Lunatic asylums Central Provinces reports 1910-1926 - 1910-1926
Year: 1910
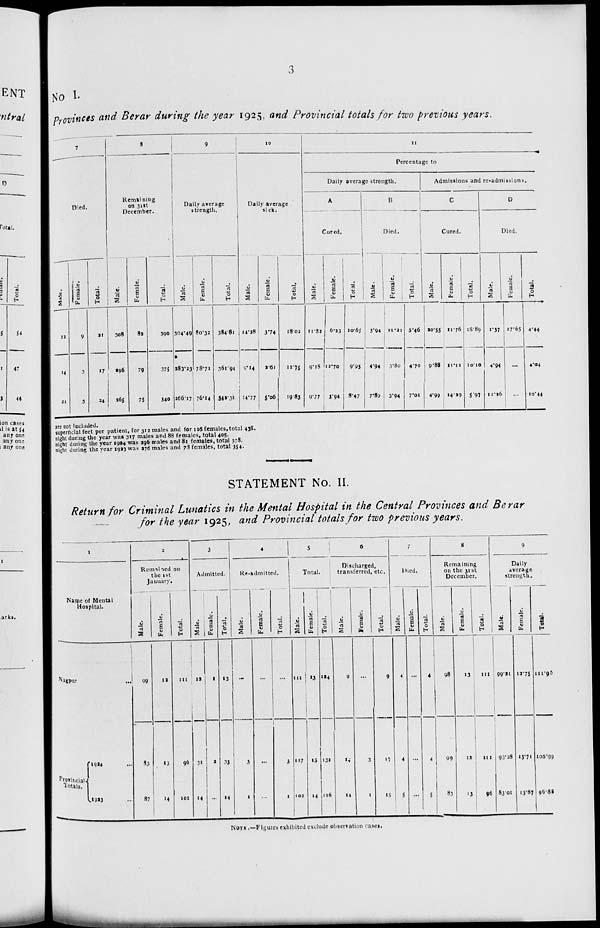
3
No I.
Provinces and Berar during the year 1925, and Provincial totals for two previous years.
7
Died.
Male.
12
14
21
Female.
9
3
3
Total.
21
17
24
8
Remaining
on 31st
December.
Male.
308
296
265
Female.
82
79
75
Total.
390
375
340
9
Daily average
strength.
Male.
304.49
283.23
266.17
Female.
80.32
78.71
76.14
Total.
384.81
361.94
342.31
10
Daily average
sick.
Male.
14.28
9.14
14.77
Female.
3.74
2.61
5.06
Total.
18.02
11.75
19.83
11
Percentage to
Daily average strength.
A
Cured.
Male.
11.32
9.18
9.77
Female.
6.23
12.70
3.94
Total.
10.65
9.95
8.47
B
Died.
Male.
3.94
4.94
7.89
Female.
11.21
3.80
3.94
Total.
5.46
4.70
7.01
Admissions and re-admissions.
C
Cured.
Male.
20.55
9.88
4.99
Female.
11.76
11.11
14.29
Total.
18.89
10.10
5.97
D
Died.
Male.
1.37
4.94
11.26
Female.
17.65
...
...
Total.
4.44
4.04
10.44
are not included.
superficial feet per patient, for 312 males and for 126 females, total 438.
night during the year was 317 males and 88 females, total 405.
night during the year 1924 was 296 males and 82 females, total 378.
night during the year 1923 was 276 males and 78 females, total 354.
STATEMENT No. II.
Return for Criminal Lunatics in the Mental Hospital in the Central Provinces and Berar
for the year 1925, and Provincial totals for two previous years.
1
Name of Mental
Hospital.
Nagpur ...
Provincial
Totals.
1924 ...
1923 ...
2
Remained on
the 1st
January.
Male.
99
83
87
Female.
12
13
14
Total.
111
96
101
3
Admitted.
Male.
12
31
14
Female.
1
2
...
Total.
13
33
14
4
Re-admitted.
Male.
...
3
1
Female.
...
...
...
Total.
...
3
1
5
Total.
Male.
111
117
102
Female.
13
15
14
Total.
124
132
116
6
Discharged,
transferred, etc.
Male.
9
14
14
Female.
...
3
1
Total.
9
17
15
7
Died.
Male.
4
4
5
Female.
...
...
...
Total.
4
4
5
8
Remaining
on the 31st
December.
Male.
98
99
83
Female.
13
12
13
Total.
111
1
1
9
Daily
average
strength.
Male.
99.21
93.28
83.01
Female.
12.75
13.71
13.87
Total.
111.95
106.99
96.88
NOTE .—Figures exhibited exclude observation cases.